On the action of the venoms of the cobra (Naja tripudians) and of the daboia (Daboia russellii) on the red blood corpuscles and on the blood plasma - Number 4
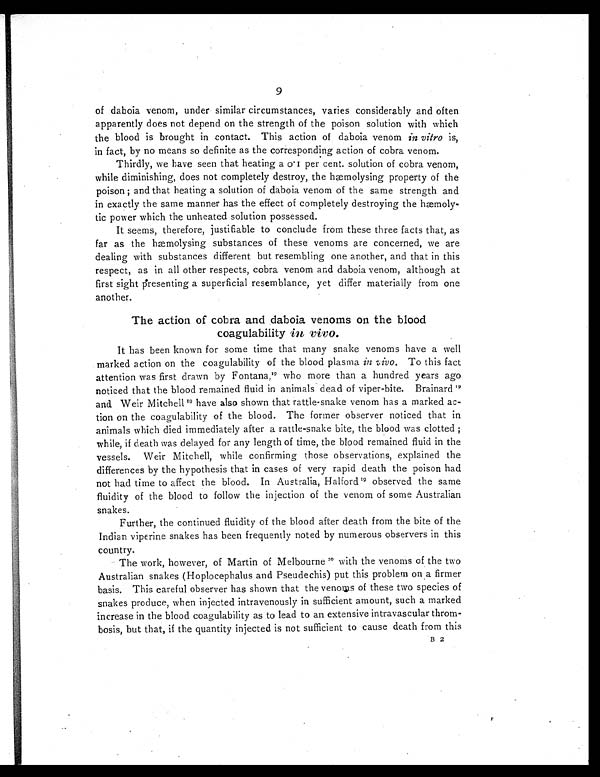
9
of daboia venom, under similar circumstances, varies considerably and often
apparently does not depend on the strength of the poison solution with which
the blood is brought in contact. This action of daboia venom in vitro is,
in fact, by no means so definite as the corresponding action of cobra venom.
Thirdly, we have seen that heating a 0 I per cent. solution of cobra venom,
while diminishing, does not completely destroy, the hmolysing property of the
poison; and that heating a solution of daboia venom of the same strength and
in exactly the same manner has the effect of completely destroying the hæmoly-
tic power which the unheated solution possessed.
It seems, therefore, justifiable to conclude from these three facts that, as
far as the hæmolysing substances of these venoms are concerned, we are
dealing with substances different but resembling one another, and that in this
respect, as in all other respects, cobra venom and daboia venom, although at
first sight presenting a superficial resemblance, yet differ materially from one
another.
The action of cobra and daboia venoms on the blood
coagulability in vivo.
It has been known for some time that many snake venoms have a well
marked action on the coagulability of the blood plasma in vivo . To this fact
attention was first drawn by Fontana, 19 who more than a hundred years ago
noticed that the blood remained fluid in animals dead of viper-bite. Brainard 19
and. Weir Mitchell 1 9
have also shown that rattle-snake venom has a marked ac-
tion on the coagulability of the blood. The former observer noticed that in
animals which died immediately after a rattle-snake bite, the blood was clotted ;
while, if death was delayed for any length of time, the blood remained fluid in the
vessels. Weir Mitchell, while confirming those observations, explained the
differences by the hypothesis that in cases of very rapid death the poison had
not had time to affect the blood. In Australia, 19 observed the same
fluidity of the blood to follow the injection of the venom of some Australian
snakes.
Further, the continued fluidity of the blood after death from the bite of the
Indian viperine snakes has been frequently noted by numerous observers in this
country.
The work, however, of Martin of Melbourne 20 with the venoms of the two
Australian snakes (Hoplocephalus and Pseudechis) put this problem on a firmer
basis. This careful observer has shown that the venoms of these two species of
snakes produce, when injected intravenously in sufficient amount, such a marked
increase in the blood coagulability as to lead to an extensive intravascular throm-
bosis, but that, if the quantity injected is not sufficient to cause death from this
B 2